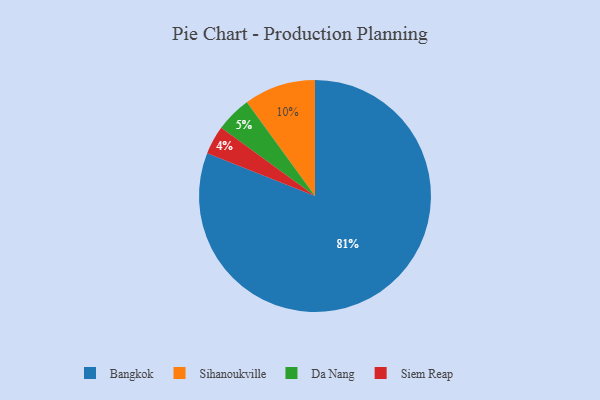
{"axis": {"x": "Category", "y": "Percentage"}, "legend": ["Bangkok", "Da Nang", "Siem Reap", "Sihanoukville"], "data": [{"x": "Bangkok", "y": 81, "type": "Bangkok"}, {"x": "Da Nang", "y": 5, "type": "Da Nang"}, {"x": "Siem Reap", "y": 4, "type": "Siem Reap"}, {"x": "Sihanoukville", "y": 10, "type": "Sihanoukville"}]}